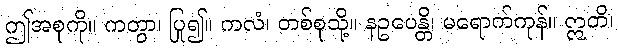
ဤအစုကို။ ကတွာ၊ ပြု၍။ ကလံ၊ တစ်စုသို့။ နဥပေန္တိ၊ မရောက်ကုန်။ ဣတိ၊